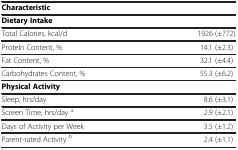
| <COLSPAN=2>  |
 | --- | --- |
 | <COLSPAN=2> Characteristic |
 | <COLSPAN=2> Dietary Intake |
 | Total Calories, kcal/d | 1926 (±772) |
 | Protein Content, % | 14.1 (±2.3) |
 | Fat Content, % | 32.1 (±4.4) |
 | Carbohydrates Content, % | 55.3 (±6.2) |
 | <COLSPAN=2> Physical Activity |
 | Sleep, hrs/day | 8.6 (±3.1) |
 | Screen Time, hrs/day a | 2.9 (±2.1) |
 | Days of Activity per Week | 3.5 (±1.2) |
 | Parent-rated Activity b | 2.4 (±1.1) |